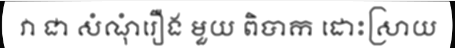
វា ជា សំណុំរឿង មួយ ពិបាក ដោះស្រាយ